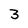
Character: 3